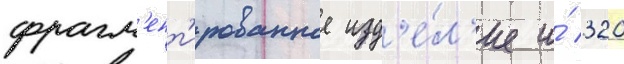
фрагм'ент'ированное изд'е́л'ие и́ 320